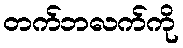
တက်ဘလက်ကို